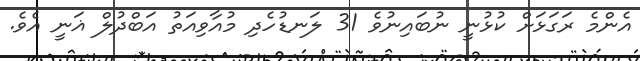
އެންމެ ރަގަޅަށް ކުޅުނީ ނުބައިނުވެ 31 ލަނޑުހެދި މުއާވިއަތު އަބްދުލް ޣަނީ އެވެ.